Vaccine operations Central Provinces & Berar 1912-1920 - 1912-1920
Year: 1912
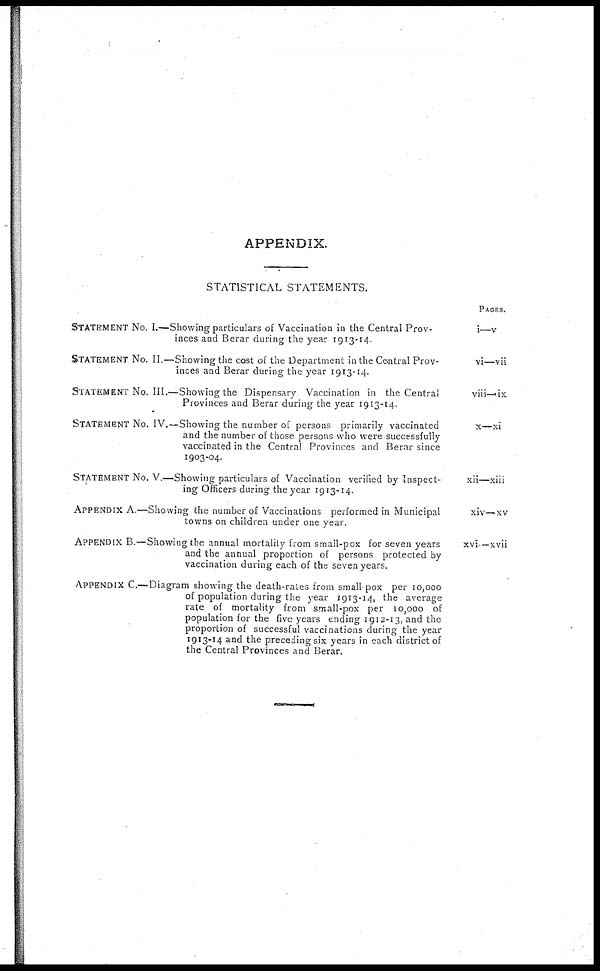
APPENDIX.
STATISTICAL STATEMENTS.
STATEMENT No. I.—Showing particulars of Vaccination in the Central Prov-
inces and Berar during the year 1913-14.
STATEMENT No. II.—Showing the cost of the Department in the Central Prov-
inces and Berar during the year 1913-14.
STATEMENT No. III.—Showing the Dispensary Vaccination in the Central
Provinces and Berar during the year 1913-14.
STATEMENT No. IV.—Showing the number of persons primarily vaccinated
and the number of those persons who were successfully
vaccinated in the Central Provinces and Berar since
1903-04.
STATEMENT No. V.—Showing particulars of Vaccination verified by Inspect-
ing Officers during the year 1913-14.
APPENDIX A.—Showing the number of Vaccinations performed in Municipal
towns on children under one year.
APPENDIX B.—Showiug the annual mortality from small-pox for seven years
and the annual proportion of persons protected by
vaccination during each of the seven years.
APPENDIX C.—Diagram showing the death-rates from small-pox per 10,000
of population during the year 1913-14, the average
rate of mortality from small-pox per 10,000 of
population for the five years ending 1912-13, and the
proportion of successful vaccinations during the year
1913-14 and the preceding six years in each district of
the Central Provinces and Berar.
PAGES.
i—v
vi—vii
viii—ix
x—xi
xii—xiii
xiv—xv
xvi—xvii